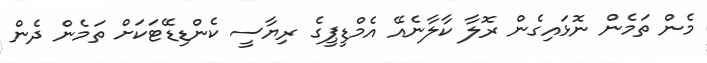
މެން ތަމެން ނޮޅައިގެން ރޮލާ ކާލާނެއޭ އެމްޑީޕީގެ ރިޔާސީ ކެންޑިޑޭޓަކަށް ތަމެން ދެން